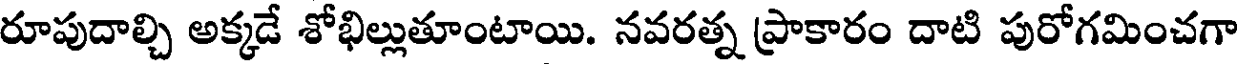
రూపుదాల్చి అక్కడే శోభిల్లుతూంటాయి. నవరత్న ప్రాకారం దాటి పురోగమించగా